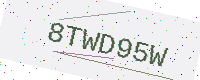
Text: 8TWD95W